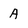
Character: A